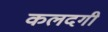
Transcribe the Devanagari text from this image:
कलदगी